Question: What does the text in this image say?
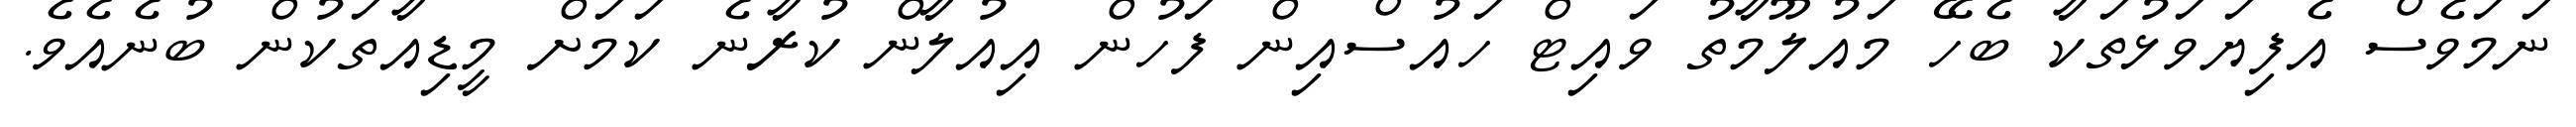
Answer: ނަމަވެސް އެފިޔަވަޅުތަކާ ބެހޭ މައުލޫމާތު ވައިޓް ހައުސްއިން ފަހުން އިއުލާން ކުރާނެ ކަމަށް މީޑިއާތަކުން ބުނެއެވެ.